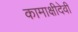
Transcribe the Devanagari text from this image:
कामाक्षीदेवी